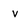
Character: v